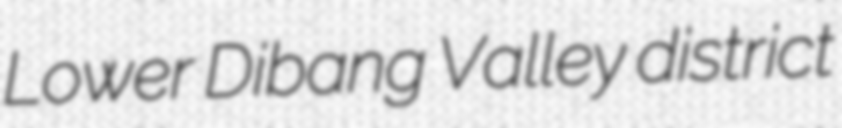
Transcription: Lower Dibang Valley district